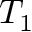
T _ { 1 }